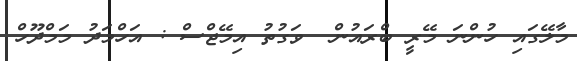
މާލޭގައި ހުންނަ މޭރީ ބްރައުން  ވަގުތު އިމޭޖްސް : އަހްމަދު މަމްދޫހް